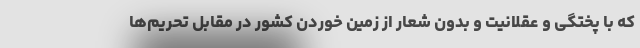
که با پختگی و عقلانیت و بدون شعار از زمین خوردن کشور در مقابل تحریم‌ها